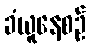
ခံယူနေစဉ်